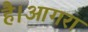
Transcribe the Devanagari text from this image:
है।आगरा